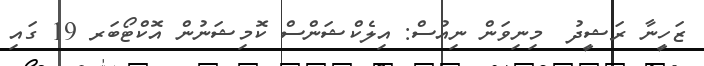
ޒަހީނާ ރަޝީދު  މިނިވަން ނިއުސް: އިލެކްޝަންސް ކޮމިޝަނުން އޮކްޓޯބަރ 19 ގައި